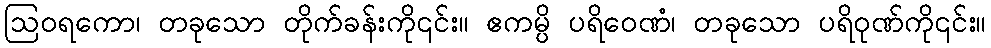
ဩဝရကော၊ တခုသော တိုက်ခန်းကို၎င်း။ ဧကမ္ပိ ပရိဝေဏံ၊ တခုသော ပရိဝုဏ်ကို၎င်း။